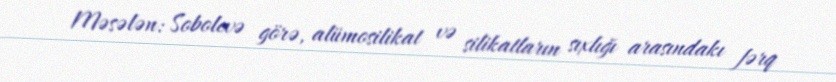
Məsələn: Sobolevə görə, alümosilikat və silikatların sıxlığı arasındakı fərq